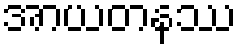
အာယတနဿ